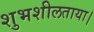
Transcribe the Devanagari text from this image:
शुभशीलताया।